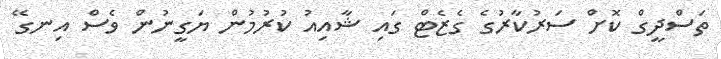
ތަސްދީގް ކޮށް ސަރުކާރުގެ ގެޒެޓް ގައި ޝާއިއު ކުރުމުން ޔަގީނުން ވެސް އިނގޭ